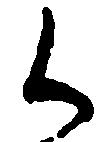
く